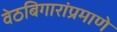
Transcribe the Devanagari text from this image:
वेठबिगारांप्रमाणे